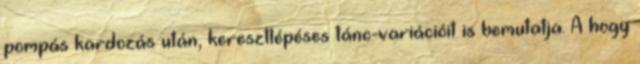
pompás kardozás után, keresztlépéses tánc-variációit is bemutatja. A hogy